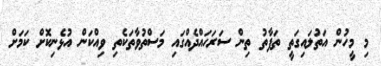
މި މީހުން އަތުލައިގަތީ ތަފާތު ތިން ސަރަހައްދެއްގައި މަސްތުވާތަކެތި ވިއްކަން އުޅެނިކޮށް ކަމަށް